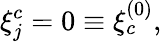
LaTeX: \xi_{j}^{c}=0\equiv\xi_{c}^{(0)},